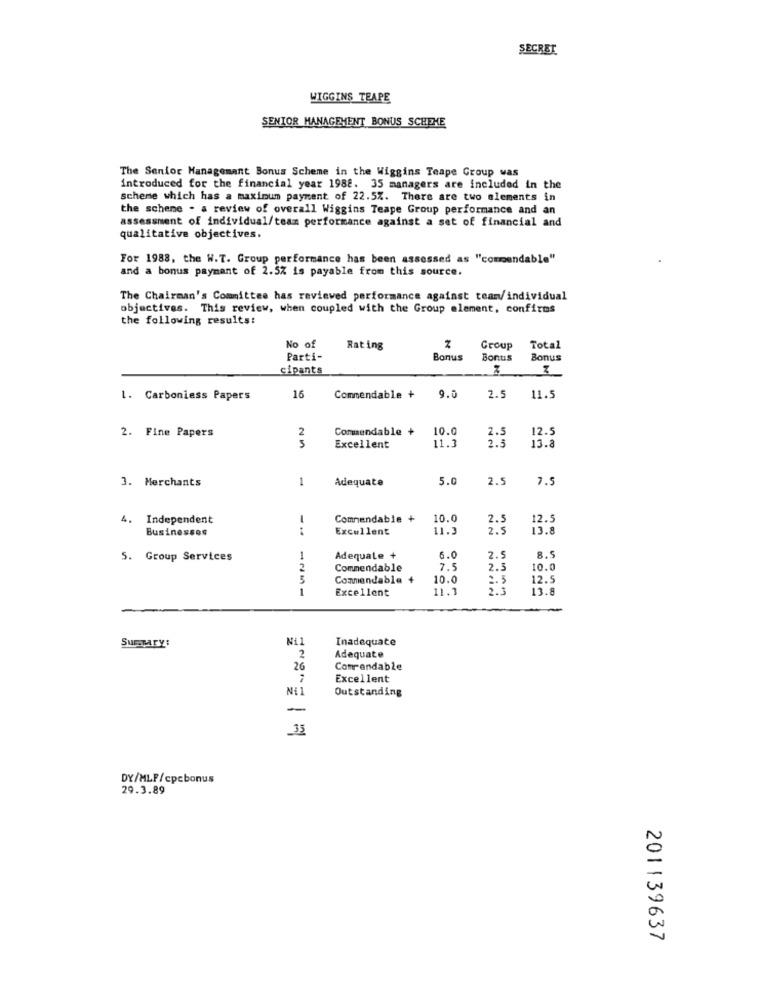
SECRET
WIGGINS TEAPE
SENIOR MANAGEMENT BONUS SCHEME
The Senior Managemant Bonus Scheme in the Wiggins Teape Group was
introduced for the financial year 1988. 35 managers are included in the
scheme which has a maximum payment of 22.5%. There are two elements in
the scheme - a review of overall Wiggins Teape Group performance and an
assessment of individual/team performance against a set of financial and
qualitative objectives.
For 1988, the W.T. Group performance has been assessed as "commendable"
and a bonus payment of 2.5% is payable from this source.
The Chairman's Committee has reviewed performance against team/individual
objectives. This review, when coupled with the Group element, confirms
the following results:
No of
Rating
Group
Total
Parti-
Bonus
Bonus
Bonus
cipants
1. Carboniess Papers
16
Commendable +
9.0
2.5
11.5
2. Fine Papers
Commendable +
10.0
12.5
2
11.3
2.5
Excellent
13.
3. Merchants
1
Adequate
5.0
2.5
7.5
4. Independent
Commendable +
10.0
2.5
12.5
Businesses
--
Excellent
11.3
2.5
13.8
S. Group Services
1
Adequate +
6.0
2.5
8.5
2
Commendable
7.5
2.3
10.0
Commendable +
10.0
12.5
1
Excellent
11.1
2.3
13.8
Inadequate
Summary:
2
Adequate
26
Comrendab2e
Excellent
Ni
Outstanding
-
35
DY/MLF/cpcbonus
29.3.89
201139637